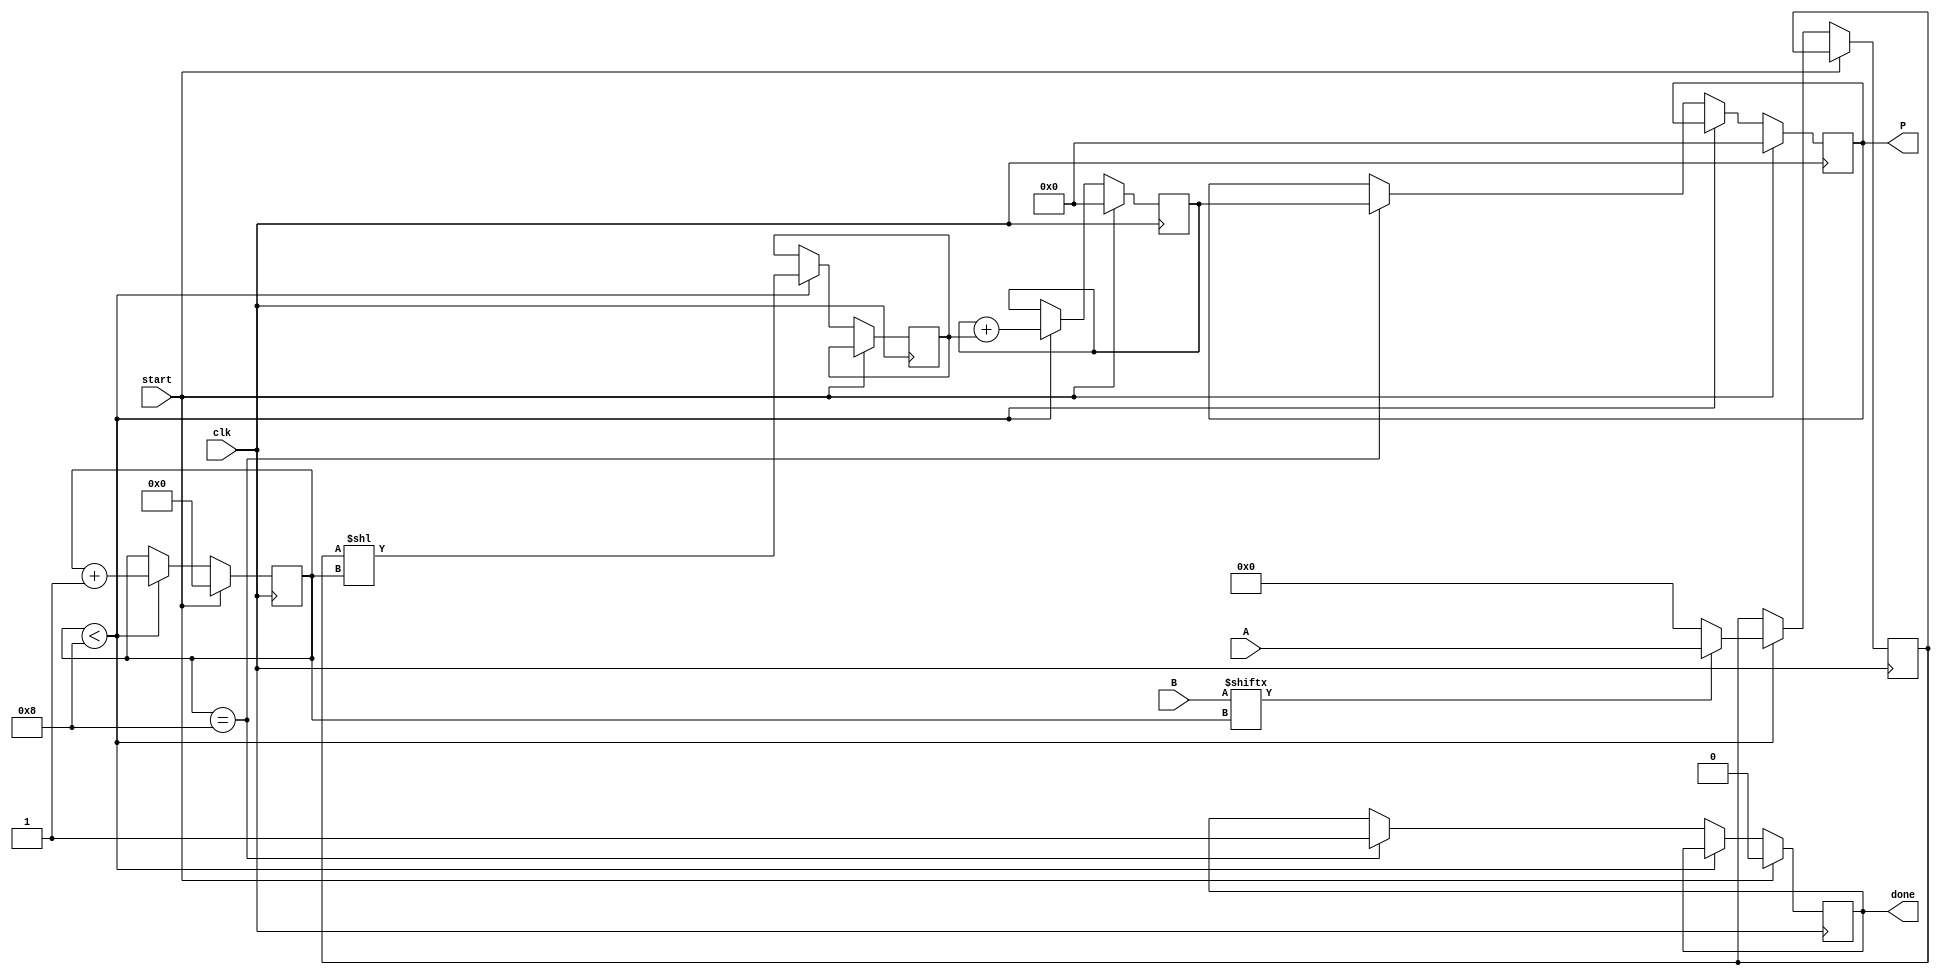
module radix2_multiplier #(parameter N = 8) (
    input  wire [N-1:0] A,      // Multiplicand
    input  wire [N-1:0] B,      // Multiplier
    input  wire clk,             // Clock signal
    input  wire start,           // Start signal for multiplication
    output reg [2*N-1:0] P,      // Product output
    output reg done              // Done signal
);

    reg [N-1:0] partial_product; // Temporary storage for partial product
    reg [2*N-1:0] sum;            // Accumulator for the sum
    reg [3:0] count;              // Counter for the number of bits processed
    reg [N-1:0] A_shifted;        // Shifted version of A

    // State machine for multiplication
    always @(posedge clk) begin
        if (start) begin
            // Initialize registers
            P <= 0;
            sum <= 0;
            count <= 0;
            done <= 0;
        end else if (count < N) begin
            // Generate partial product
            if (B[count]) begin
                partial_product <= A; // If B[count] is 1, take A
            end else begin
                partial_product <= 0;  // If B[count] is 0, take 0
            end
            
            // Shift the partial product according to the current count
            A_shifted <= partial_product << count;

            // Add the shifted partial product to the sum
            sum <= sum + A_shifted;

            // Increment the count
            count <= count + 1;
        end else if (count == N) begin
            // Store the final product and signal done
            P <= sum;
            done <= 1;
        end
    end
endmodule